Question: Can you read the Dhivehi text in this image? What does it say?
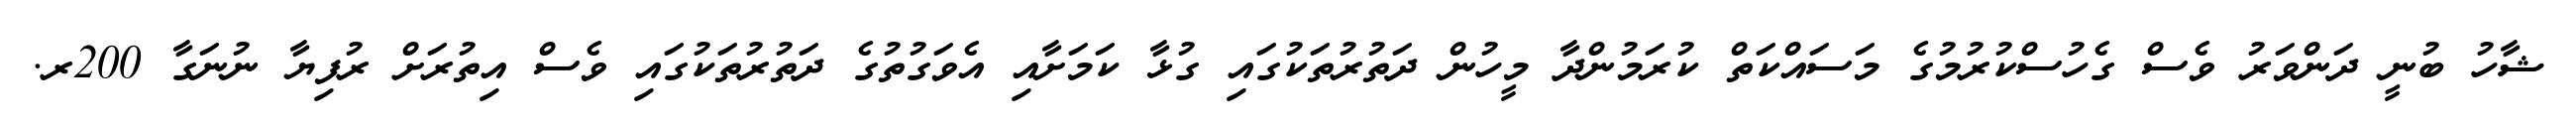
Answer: ޝާހު ބުނީ ދަންވަރު ވެސް ގެހުސްކުރުމުގެ މަސައްކަތް ކުރަމުންދާ މީހުން ދަތުރުތަކުގައި ގުޅާ ކަމަށާއި އެވަގުތުގެ ދަތުރުތަކުގައި ވެސް އިތުރަށް ރުފިޔާ ނުނަގާ 200ރ.